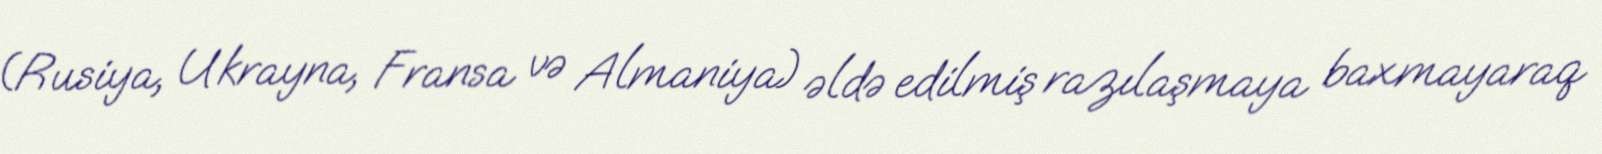
(Rusiya, Ukrayna, Fransa və Almaniya) əldə edilmiş razılaşmaya baxmayaraq